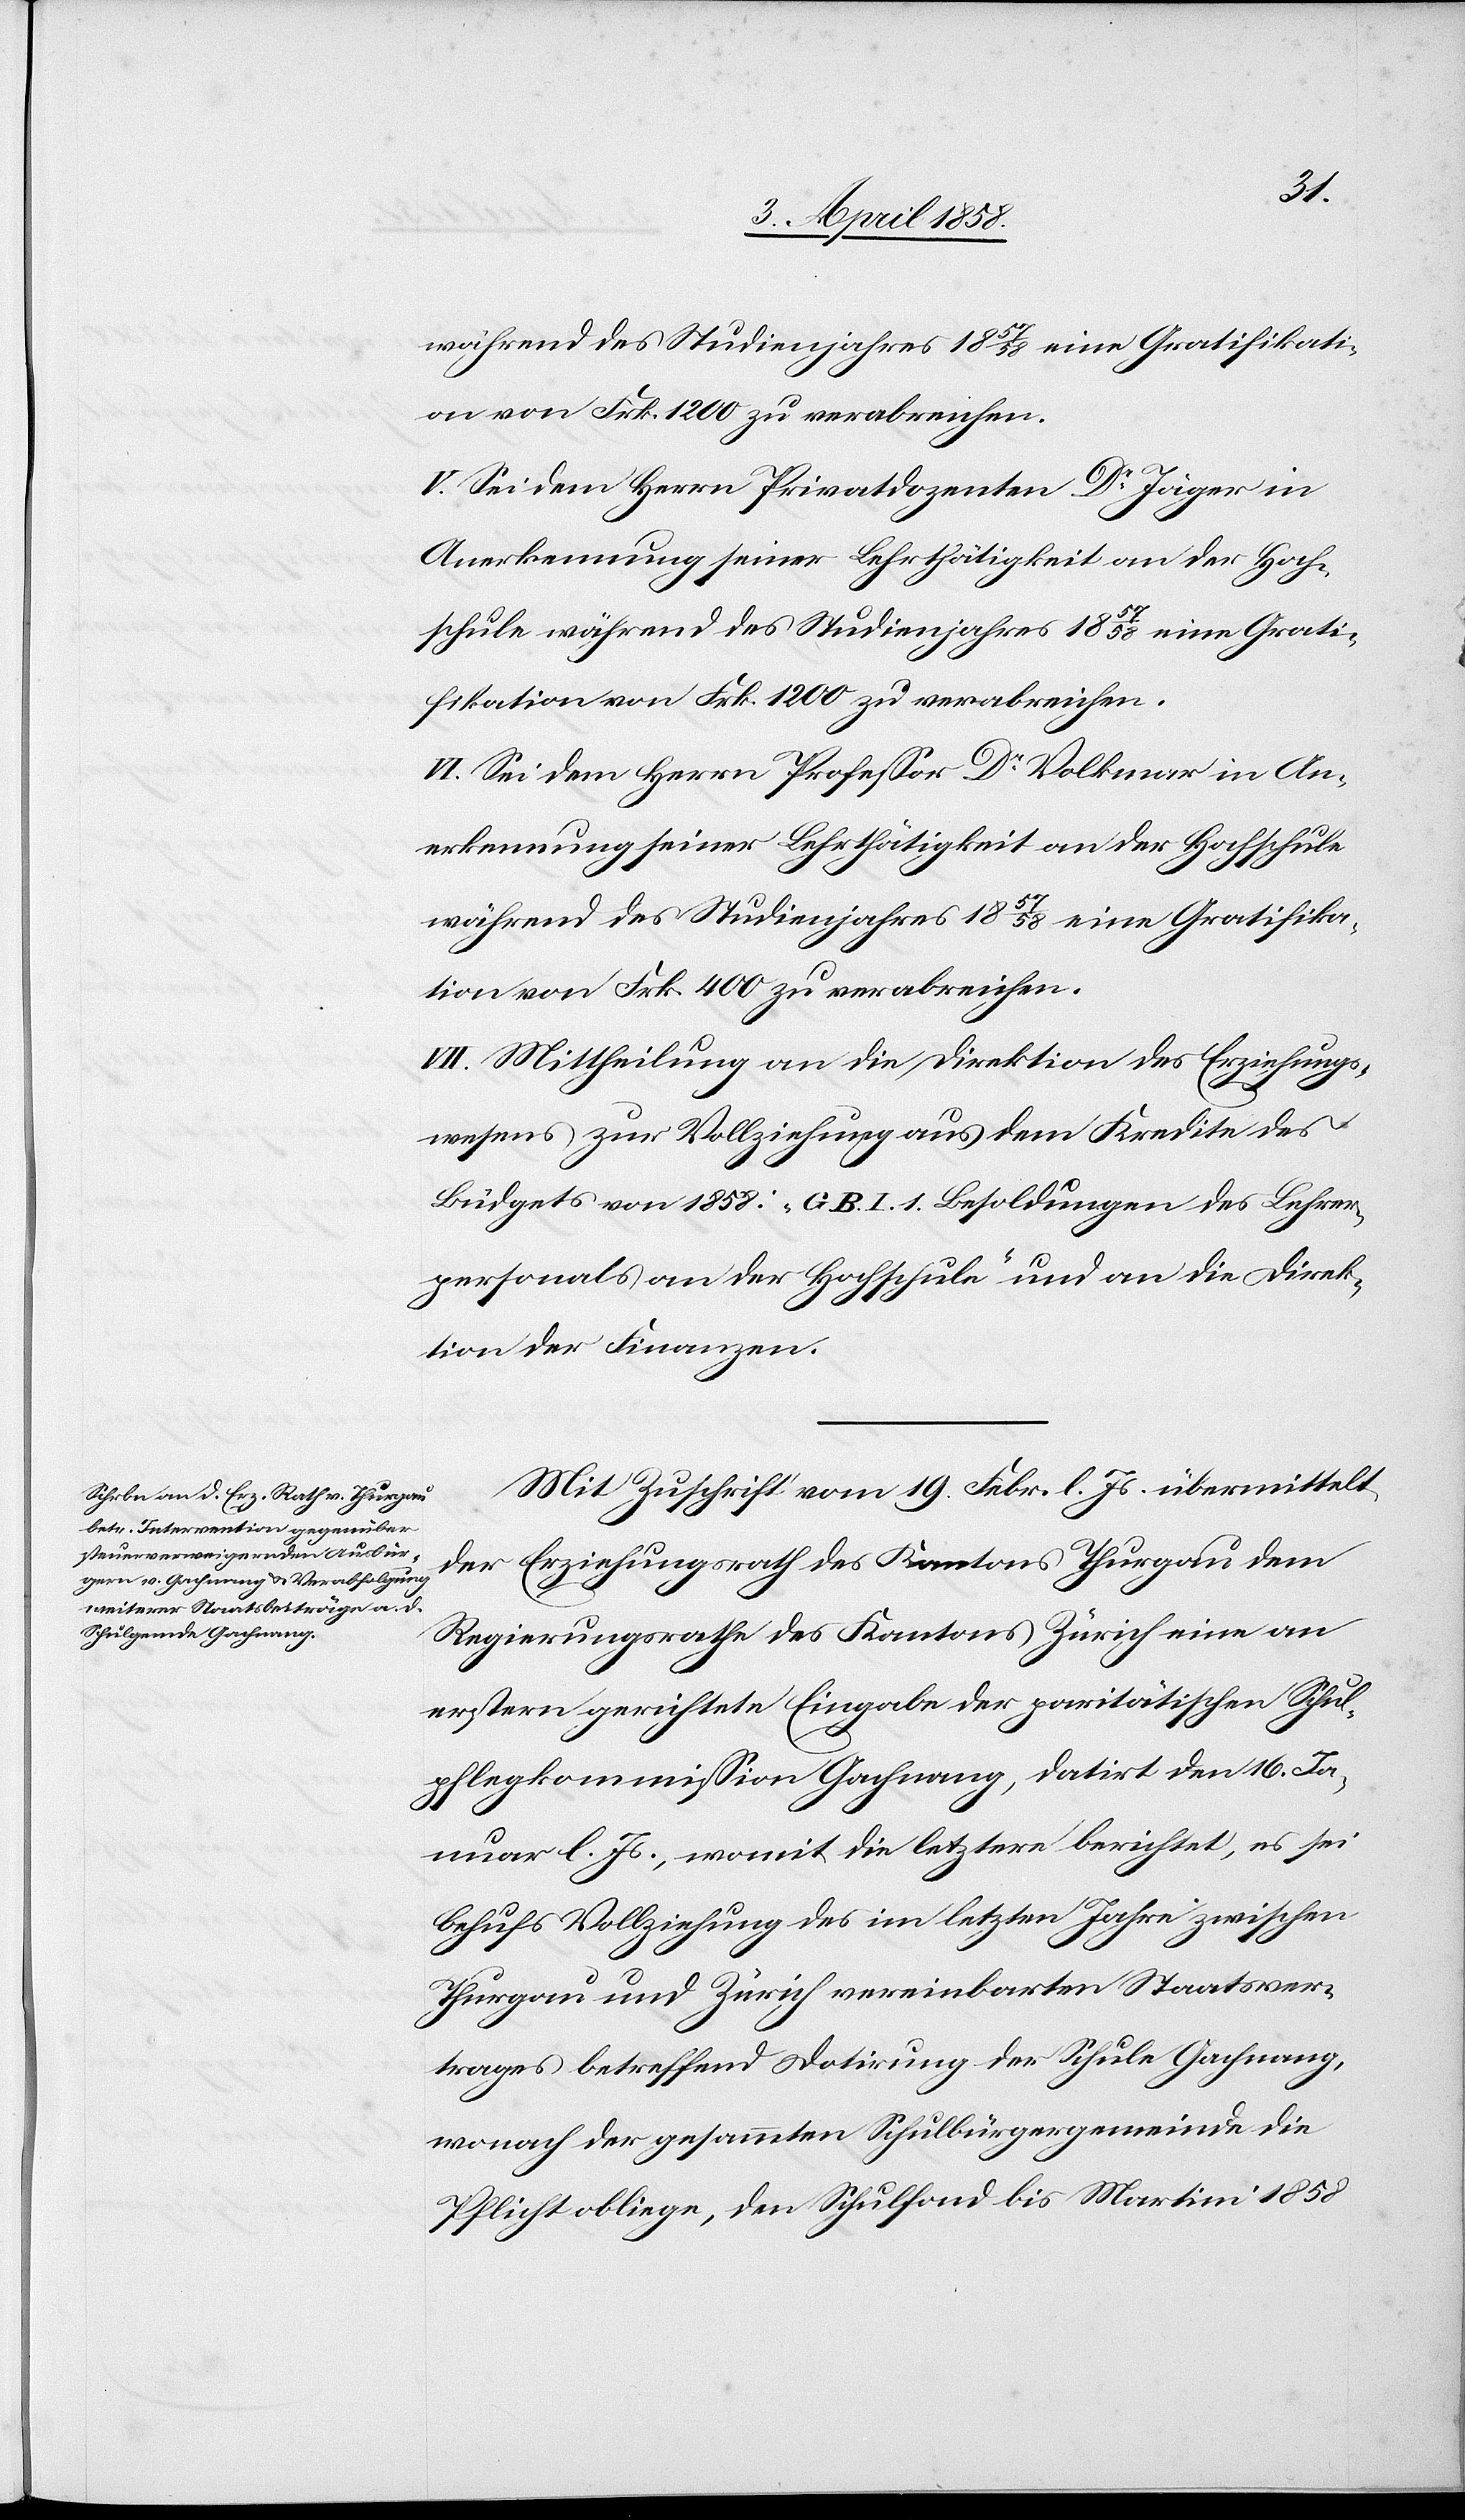
während des Studienjahres 1857/58 eine Gratifikati¬
on von Frk. 1200 zu verabreichen.
V: Sei dem Herrn Privatdozenten Dr Jäger in
Anerkennung seiner Lehrtätigkeit an der Hoch¬
schule während des Studienjahres 1857/58 eine Grati¬
fikation von Frk. 1200 zu verabreichen.
VI. Sei dem Herrn Professor Dr Volkmar in An¬
erkennung seiner Lehrtätigkeit an der Hochschule
während des Studienjahres 1857/58 eine Gratifika¬
tion von Frk. 400 zu verabreichen.
VII. Mittheilung an die Direktion des Erziehungs¬
wesens zur Vollziehung aus dem Kredite des
Büdgets von 1858: „G. B. I. 1. Besoldungen des Lehrer¬
personals an der Hochschule“ und an die Direk¬
tion der Finanzen.
Mit Zuschrift vom 19. Febr. l. Js. übermittelt
der Erziehungsrath des Kantons Thurgau dem
Regierungsrathe des Kantons Zürich eine an
erstern gerichtete Eingabe der paritätischen Schul¬
pflegekommission Gachnang, datirt den 16. Ja¬
nuar l. Js., womit die letztere berichtet, es sei
behufs Vollziehung des im letzten Jahre zwischen
Thurgau und Zürich vereinbarten Staatsver¬
trages betreffend Datirung der Schule Gachnang,
wonach der gesammten Schulbürgergemeinde die
Pflicht obliege, den Schulfond bis Martini 1858